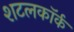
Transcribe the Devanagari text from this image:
शटलकॉर्क